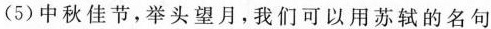
(5)中秋佳节，举头望月，我们可以用苏轼的名句